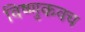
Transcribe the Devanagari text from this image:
विष्णुकवच